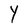
Character: Y